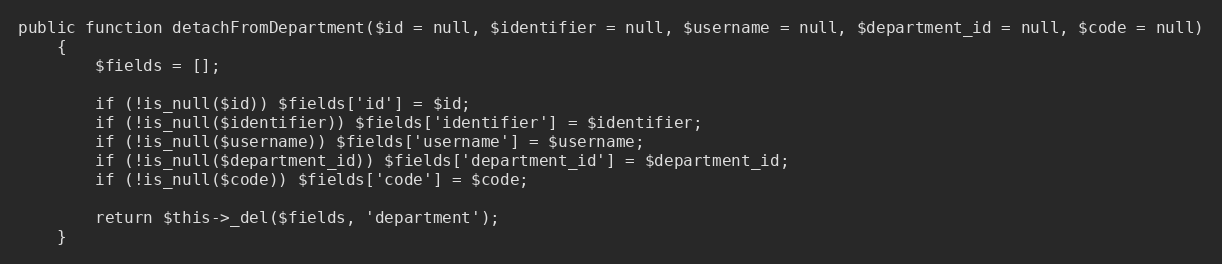
Language: PHP
public function detachFromDepartment($id = null, $identifier = null, $username = null, $department_id = null, $code = null)
    {
        $fields = [];

        if (!is_null($id)) $fields['id'] = $id;
        if (!is_null($identifier)) $fields['identifier'] = $identifier;
        if (!is_null($username)) $fields['username'] = $username;
        if (!is_null($department_id)) $fields['department_id'] = $department_id;
        if (!is_null($code)) $fields['code'] = $code;

        return $this->_del($fields, 'department');
    }